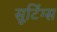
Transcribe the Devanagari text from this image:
सूटिंग्स